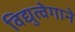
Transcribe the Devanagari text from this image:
विद्युत्‍वेगाने